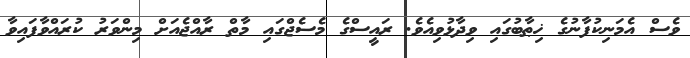
ވެސް އެމަނިކުފާނުގެ ޚިޠާބުގައި ވިދާޅުވިއެވެ. ރައީސްގެ މެސެޖްގައި މާތް ރާއްޖެއަށް މިންވަރު ކުރައްވާފައިވާ